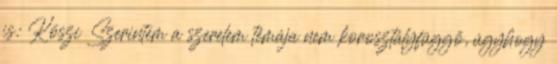
is: Köszi Szerintem a szerelem témája nem korosztályfüggő, úgyhogy